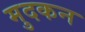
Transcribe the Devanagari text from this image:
मुदकन